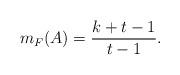
LaTeX: \begin{align*} m_F(A) = \frac{k+t-1}{t-1}.\end{align*}